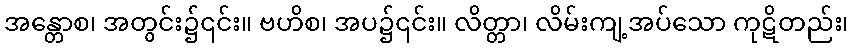
အန္တောစ၊ အတွင်း၌၎င်း။ ဗဟိစ၊ အပ၌၎င်း။ လိတ္တာ၊ လိမ်းကျ့အပ်သော ကုဋိတည်း၊